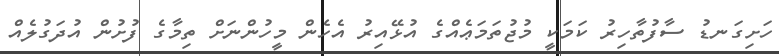
ހަށިގަނޑު ސާފުތާހިރު ކަމަކީ މުޖުތަމަޢެއްގެ އުޅޭއިރު އެހެން މީހުންނަށް ތިމާގެ ފުށުން އުދަގުލެއް